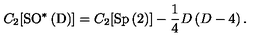
C _ { 2 } [ \mathrm { S O ^ { \ast } \left( D \right) } ] = C _ { 2 } [ \mathrm { S p \left( 2 \right) } ] - \frac { 1 } { 4 } D \left( D - 4 \right) .